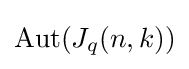
\operatorname {Aut} (J_{q}(n,k))